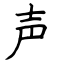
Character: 声